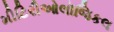
મીટિરીઓલૉજિકલ